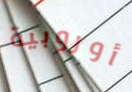
أوروبية